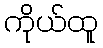
ကိုယ်ထူ